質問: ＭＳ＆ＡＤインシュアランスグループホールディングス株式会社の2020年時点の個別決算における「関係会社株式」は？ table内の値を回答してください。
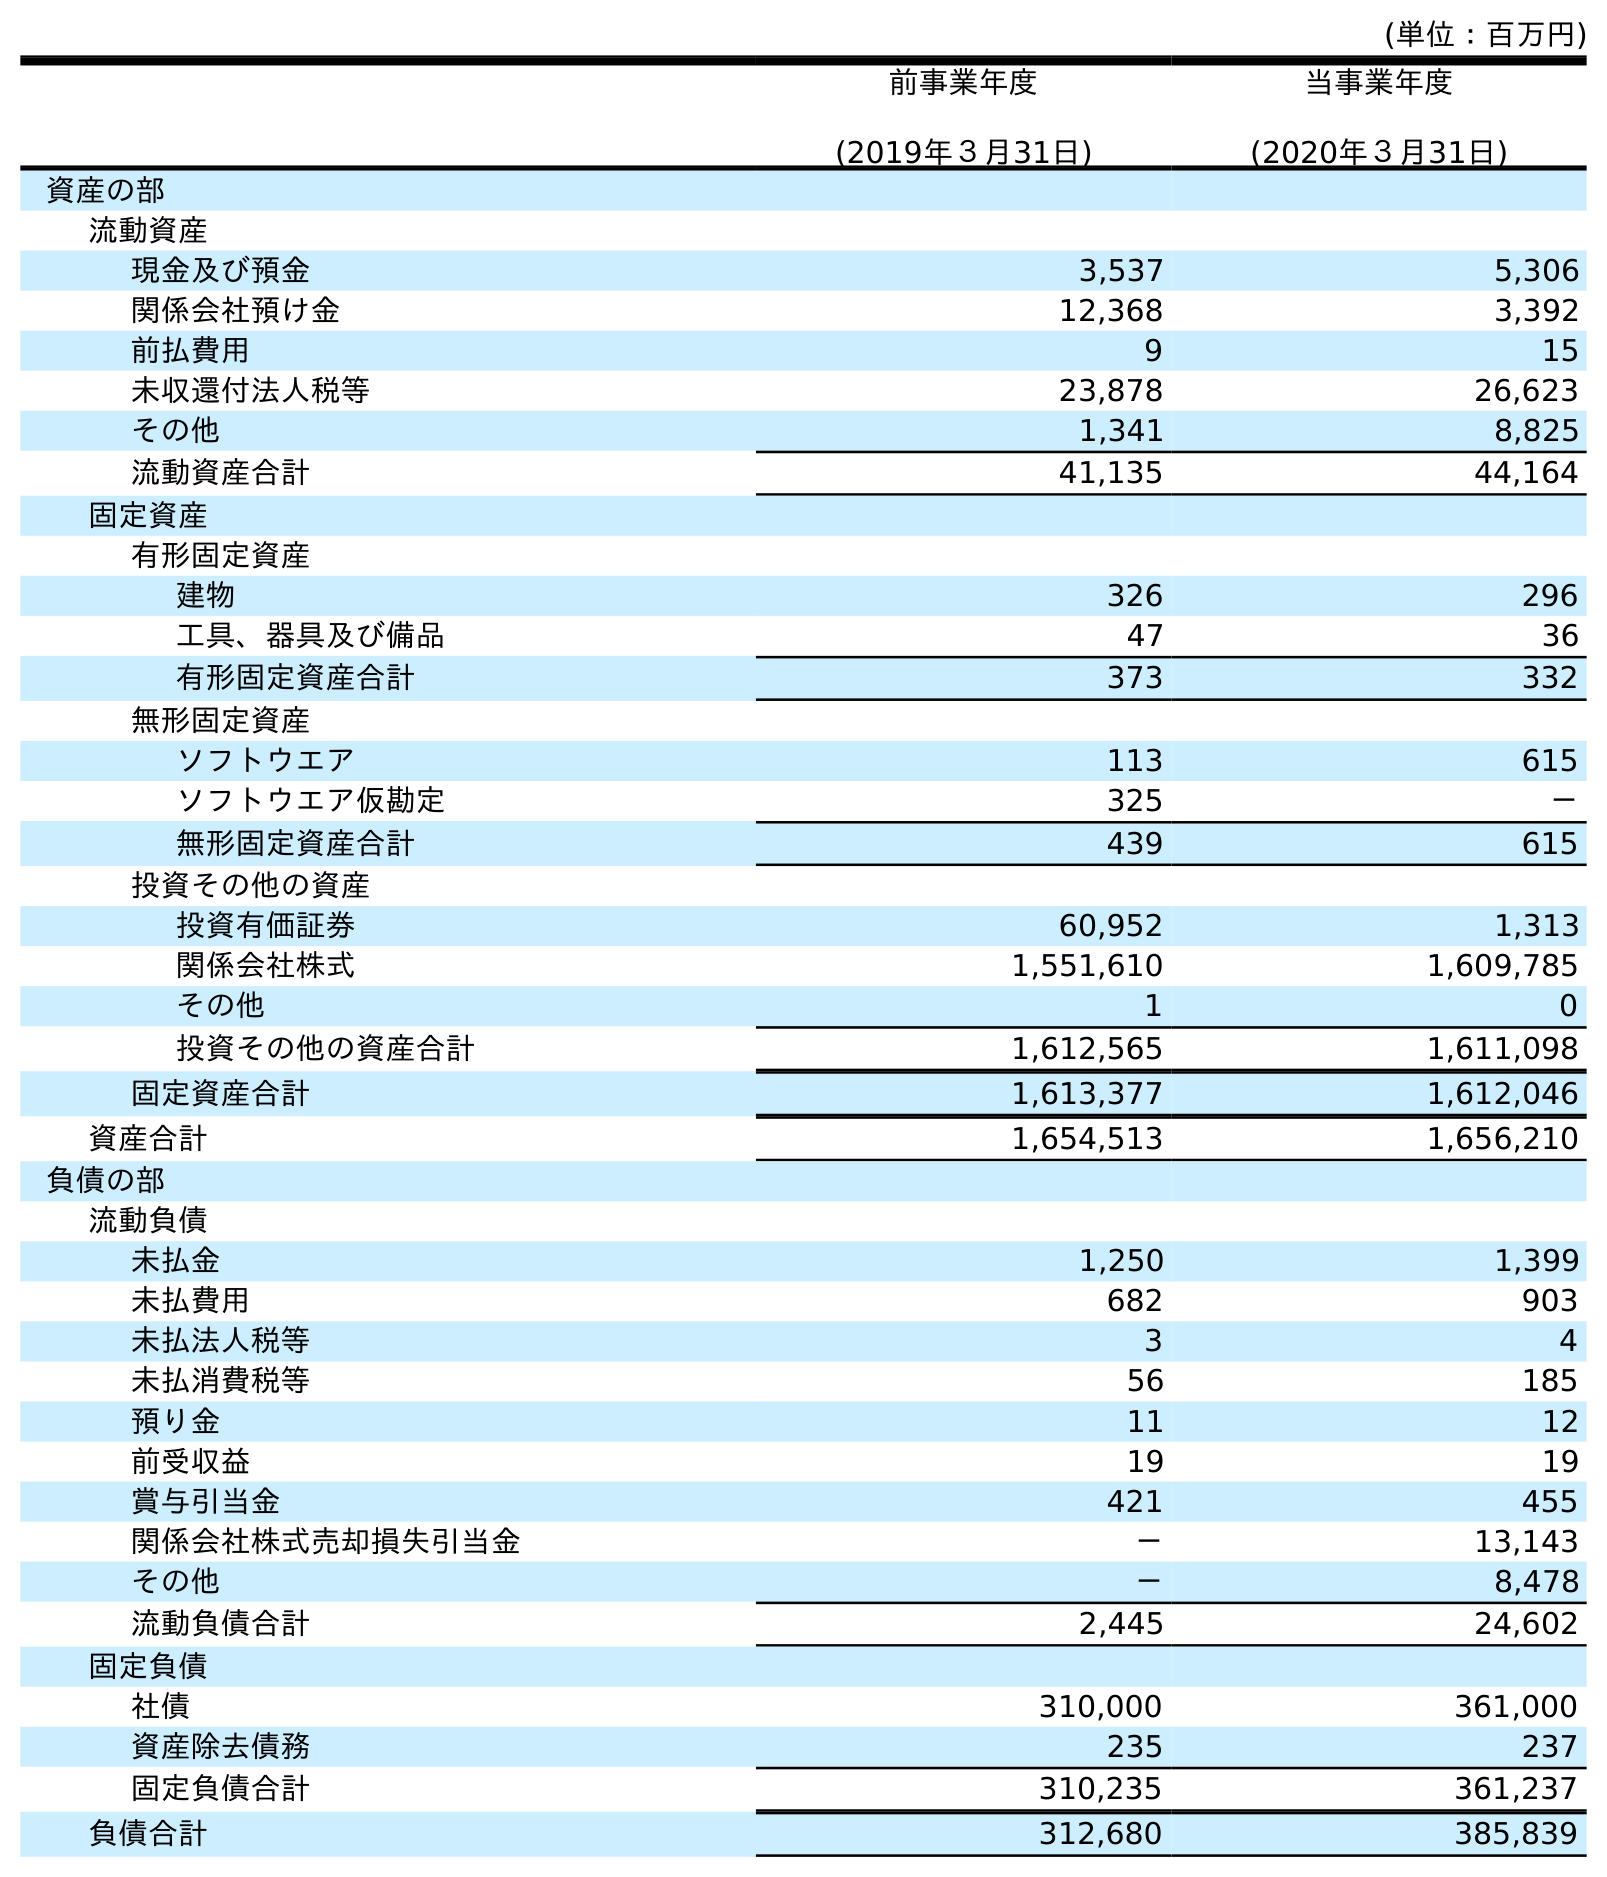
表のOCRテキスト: (単位：百万円) 前事業年度 (2019年３月31日) 当事業年度 (2020年３月31日) 資産の部 流動資産 現金及び預金 3,537 5,306 関係会社預け金 12,368 3,392 前払費用 9 15 未収還付法人税等 23,878 26,623 その他 1,341 8,825 流動資産合計 41,135 44,164 固定資産 有形固定資産 建物 326 296 工具、器具及び備品 47 36 有形固定資産合計 373 332 無形固定資産 ソフトウエア 113 615 ソフトウエア仮勘定 325 － 無形固定資産合計 439 615 投資その他の資産 投資有価証券 60,952 1,313 関係会社株式 1,551,610 1,609,785 その他 1 0 投資その他の資産合計 1,612,565 1,611,098 固定資産合計 1,613,377 1,612,046 資産合計 1,654,513 1,656,210 負債の部 流動負債 未払金 1,250 1,399 未払費用 682 903 未払法人税等 3 4 未払消費税等 56 185 預り金 11 12 前受収益 19 19 賞与引当金 421 455 関係会社株式売却損失引当金 － 13,143 その他 － 8,478 流動負債合計 2,445 24,602 固定負債 社債 310,000 361,000 資産除去債務 235 237 固定負債合計 310,235 361,237 負債合計 312,680 385,839
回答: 1,609,785